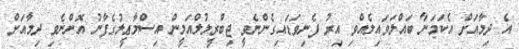
އެ ދިމާއަށް އެކަމަނާ ބައްލަވައިލެއްވި އިރު ފެނިވަޑައިގެންނެވީ ޖިބްރީލުލްއަމީން އިސްމާޢީލުގެފާނު އޮންނެވި ދިމާއަށް